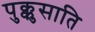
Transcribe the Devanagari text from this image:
पुक्कुसाति